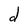
Character: d